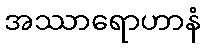
အဿာရောဟာနံ